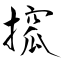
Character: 搲